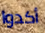
أكدوا